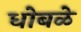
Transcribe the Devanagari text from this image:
धोबळे